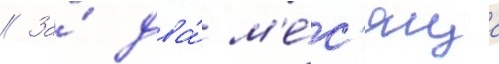
// За́ два́ м'е́с'яца